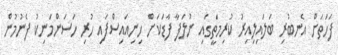
ފަހަތަށް އެނބުރި ބަލައިލިއިރު ކުރިމަތީގައި ނުލަފާ ފާޑަކަށް ހިނިއައިސްފައި ހުރި ހަސަންމަނިކު ފެނުމުން